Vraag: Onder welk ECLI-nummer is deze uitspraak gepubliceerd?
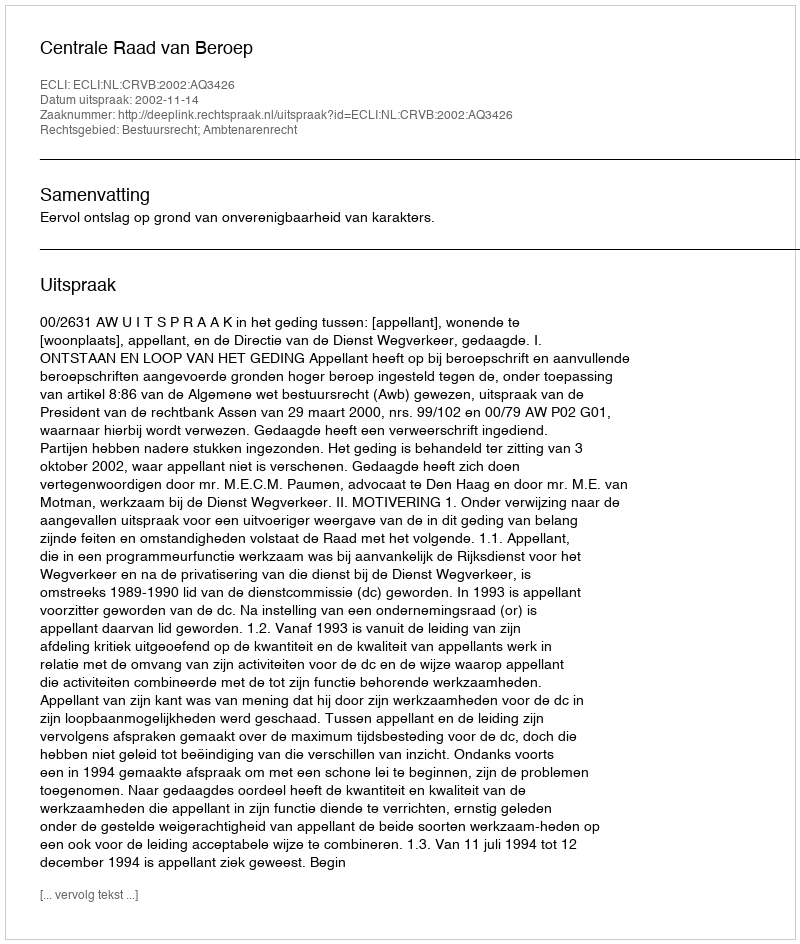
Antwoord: ECLI:NL:CRVB:2002:AQ3426